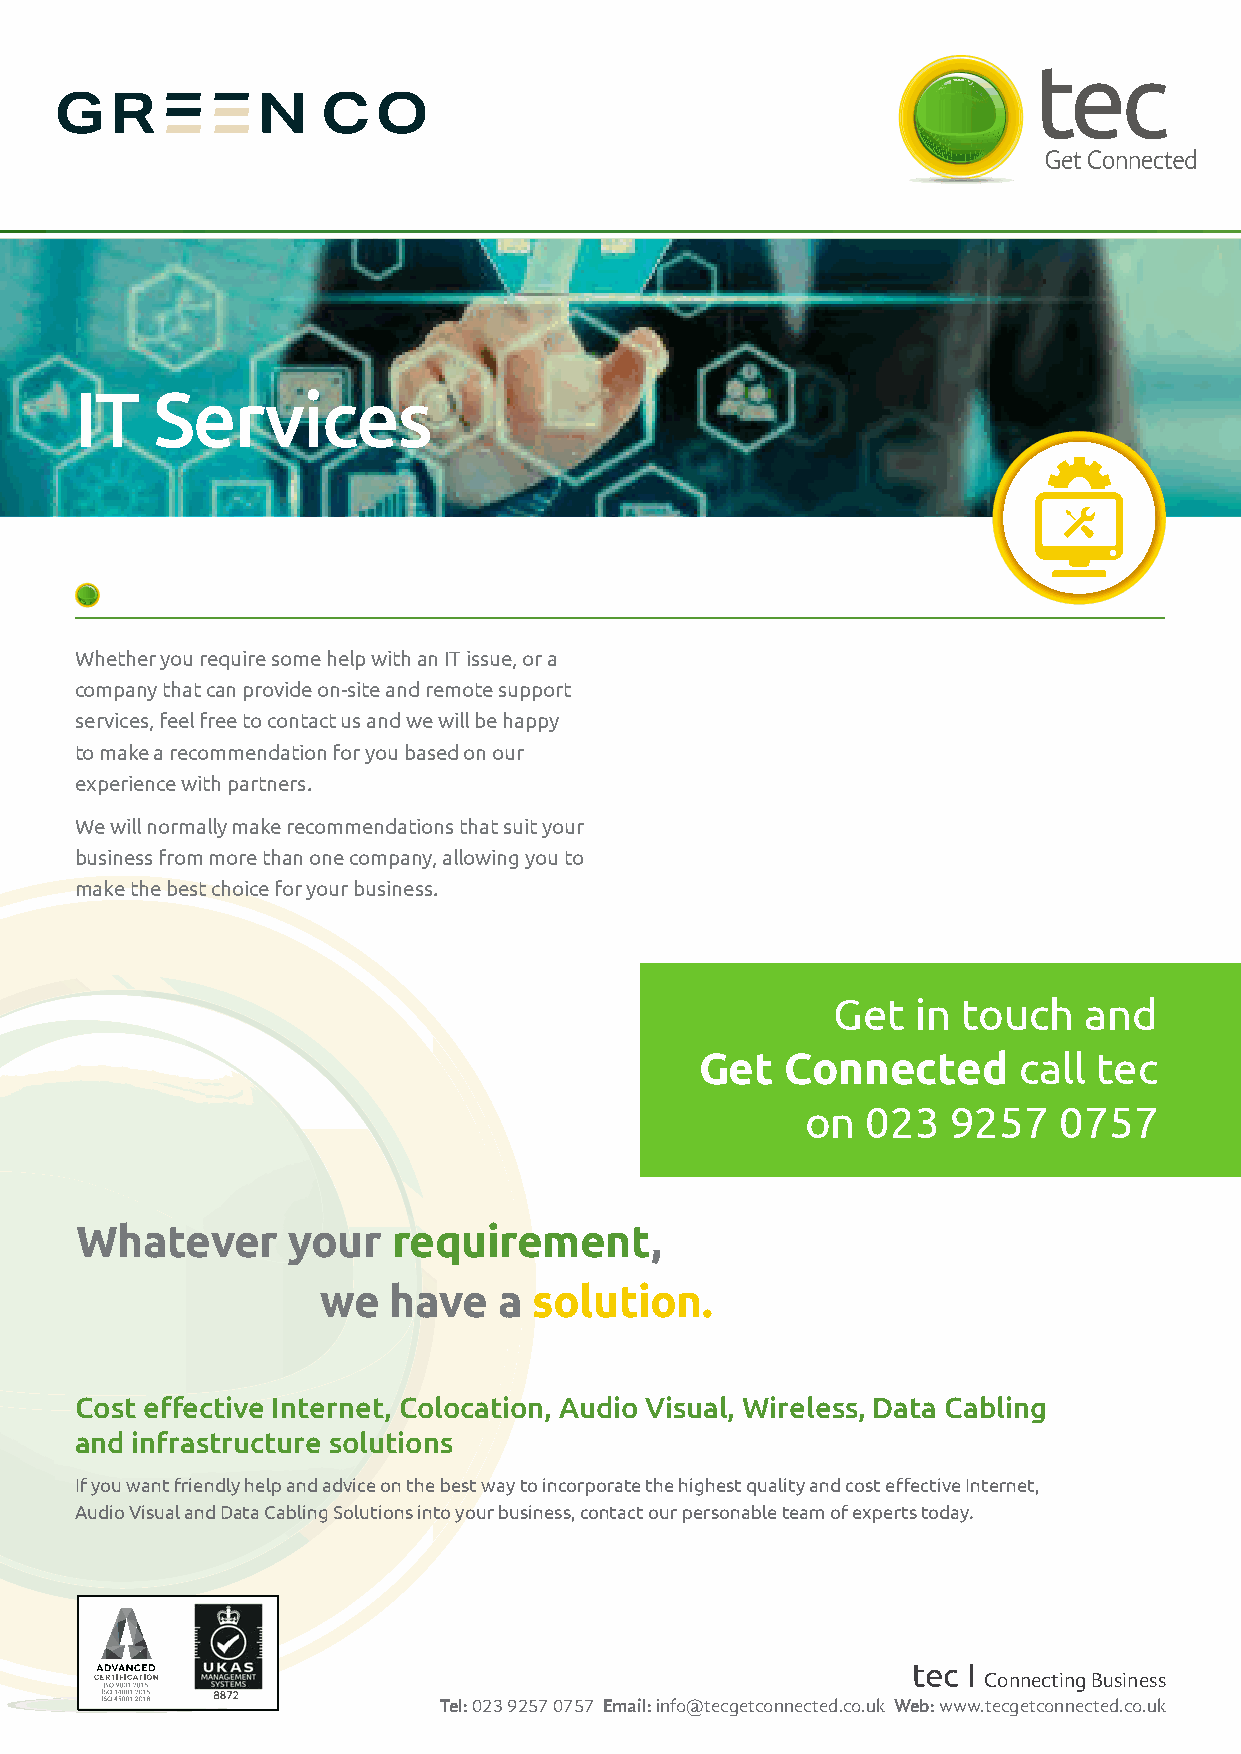
IT   Services
 Whether you require some help with an IT issue, or a
 company that can provide on-site and remote support
 services, feel free to contact us and we will be happy
 to make a recommendation for you based on our
 experience with partners.
 We will normally make recommendations that suit your
 business from more than one company, allowing you to
 make the best choice for your business.
 Get   in touch   and
 Get   Connected      call  tec
 on  023   9257   0757
 Whatever      your   requirement,
 we   have   a solution.
 Cost eff ective Internet, Colocation, Audio Visual, Wireless, Data Cabling
 and infrastructure solutions
 If you want friendly help and advice on the best way to incorporate the highest quality and cost eff ective Internet,
 Audio Visual and Data Cabling Solutions into your business, contact our personable team of experts today.
 tec I
 Connecting Business
 Tel: 023 9257 0757 Email: info@tecgetconnected.co.uk Web: www.tecgetconnected.co.uk